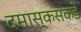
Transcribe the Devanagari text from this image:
दमास्कसकडे